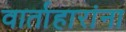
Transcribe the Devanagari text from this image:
वार्ताहारांना